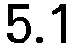
5.1